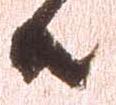
共